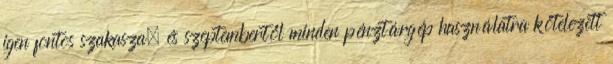
igen fontos szakasza, és szeptembertől minden pénztárgép használatra kötelezett